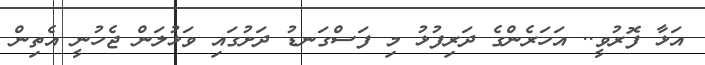
އަޅާ ފޮރުވީ.. އަހަރެންގެ ދަރިފުޅު މި ފަސްގަނޑު ދަށުގައި ވަޅުލަން ޖެހުނީ އެތިން